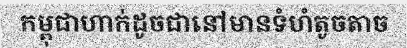
កម្ពុជាហាក់ដូចជានៅមានទំហំតូចតាច